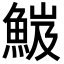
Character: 𩷘